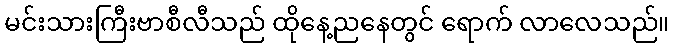
မင်းသားကြီးဗာစီလီသည် ထိုနေ့ညနေတွင် ရောက် လာလေသည်။